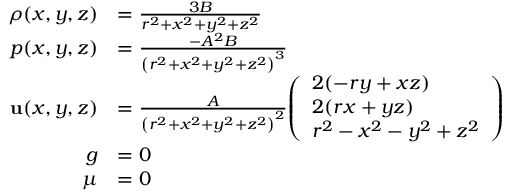
{ \begin{array} { r l } { \rho ( x , y , z ) } & { = { \frac { 3 B } { r ^ { 2 } + x ^ { 2 } + y ^ { 2 } + z ^ { 2 } } } } \\ { p ( x , y , z ) } & { = { \frac { - A ^ { 2 } B } { \left( r ^ { 2 } + x ^ { 2 } + y ^ { 2 } + z ^ { 2 } \right) ^ { 3 } } } } \\ { \mathbf { u } ( x , y , z ) } & { = { \frac { A } { \left( r ^ { 2 } + x ^ { 2 } + y ^ { 2 } + z ^ { 2 } \right) ^ { 2 } } } { \left( \begin{array} { l } { 2 ( - r y + x z ) } \\ { 2 ( r x + y z ) } \\ { r ^ { 2 } - x ^ { 2 } - y ^ { 2 } + z ^ { 2 } } \end{array} \right) } } \\ { g } & { = 0 } \\ { \mu } & { = 0 } \end{array} }